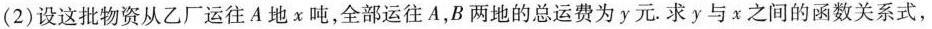
(2)设这批物资从乙厂运往A地x吨，全部运往A，B两地的总运费为y元。求y与x之间的函数关系式，